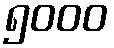
၅၀၀၀